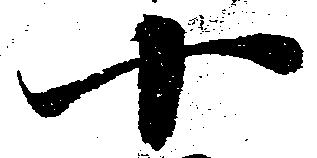
十